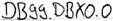
Text: DB99.DBX0.0